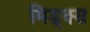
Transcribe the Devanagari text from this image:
मिड्क्स